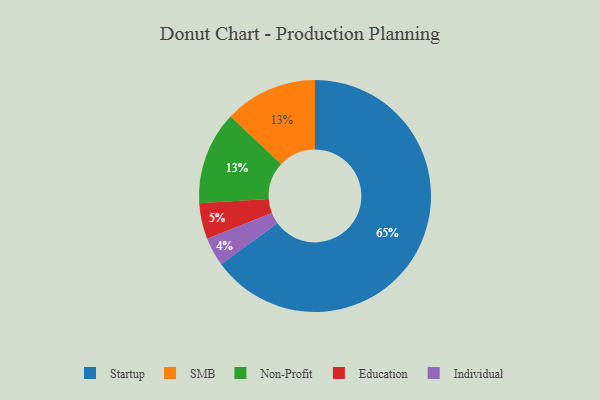
{"axis": {"x": "Category", "y": "Percentage"}, "legend": ["Education", "Individual", "Non-Profit", "SMB", "Startup"], "data": [{"x": "Startup", "y": 65, "type": "Startup"}, {"x": "Individual", "y": 4, "type": "Individual"}, {"x": "SMB", "y": 13, "type": "SMB"}, {"x": "Education", "y": 5, "type": "Education"}, {"x": "Non-Profit", "y": 13, "type": "Non-Profit"}]}